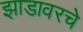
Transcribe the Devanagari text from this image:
झाडावरचे